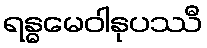
ရန္ဓမေဝါနုပဿီ